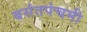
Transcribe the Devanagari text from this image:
बसंतपंचमी